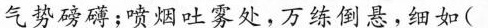
气势磅礴；喷烟吐雾处，万练倒悬，细如(